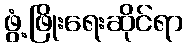
ဖွံ့ဖြိုးရေးဆိုင်ရာ